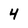
Character: 4